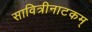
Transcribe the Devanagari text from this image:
सावित्रीनाटकम्